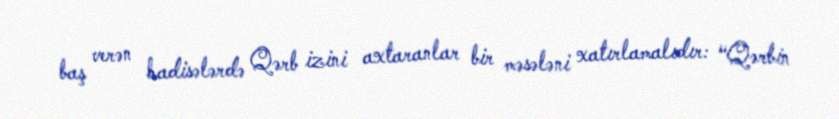
baş verən hadisələrdə Qərb izini axtaranlar bir məsələni xatırlamalıdır: “Qərbin